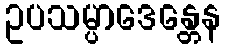
ဥပသမ္ပာဒေန္တေန